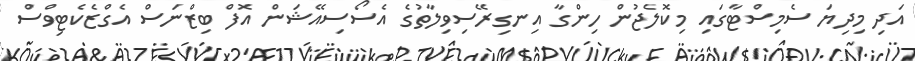
އަދި މިދިޔަ ސެމިސްޓާގައި މިކޮލެޖުން ހިންގާ އިނގިރޭސިވިލާތުގެ އެސޯސިއޭޝަން އޮފް ބިޒްނަސް އެގްޒެކެޓިވްސް